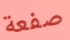
صفعة